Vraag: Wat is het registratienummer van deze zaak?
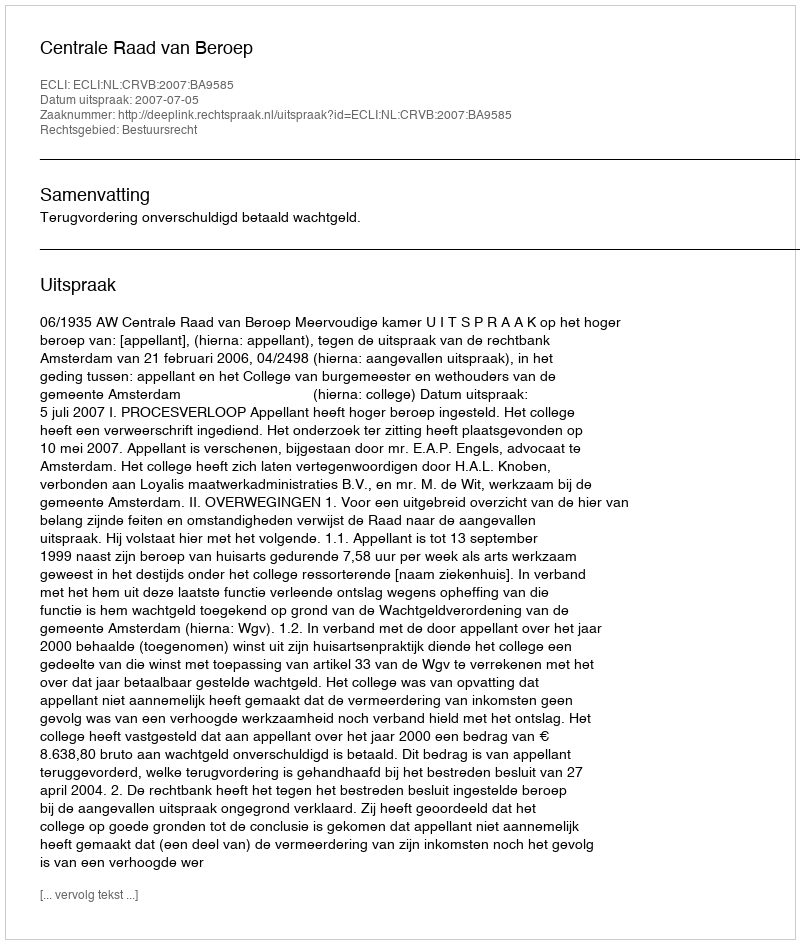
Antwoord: http://deeplink.rechtspraak.nl/uitspraak?id=ECLI:NL:CRVB:2007:BA9585